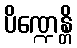
ပိဏ္ဍေန္တိ